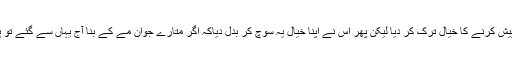
وہ رک گئی اور مے پیش کرنے کا خیال ترک کر دیا لیکن پھر اس نے اپنا خیال یہ سوچ کر بدل دیاکہ اگر متارے جوان مے کے بنا آج یہاں سے گئے تو پھر شاید واپس نہ آئیں۔